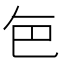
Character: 𮎜